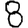
Digit: 8